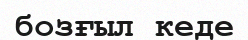
бозғыл кеде